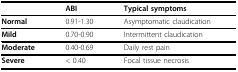
<table><thead><tr><td></td><td><b>ABI</b></td><td><b>Typical symptoms</b></td></tr></thead><tbody><tr><td><b>Normal</b></td><td>0.91-1.30</td><td>Asymptomatic claudication</td></tr><tr><td><b>Mild</b></td><td>0.70-0.90</td><td>Intermittent claudication</td></tr><tr><td><b>Moderate</b></td><td>0.40-0.69</td><td>Daily rest pain</td></tr><tr><td><b>Severe</b></td><td>&lt; 0.40</td><td>Focal tissue necrosis</td></tr></tbody></table>